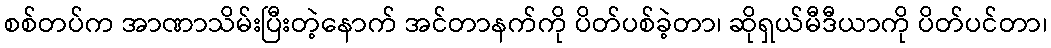
စစ်တပ်က အာဏာသိမ်းပြီးတဲ့နောက် အင်တာနက်ကို ပိတ်ပစ်ခဲ့တာ၊ ဆိုရှယ်မီဒီယာကို ပိတ်ပင်တာ၊